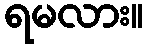
ရမလား။